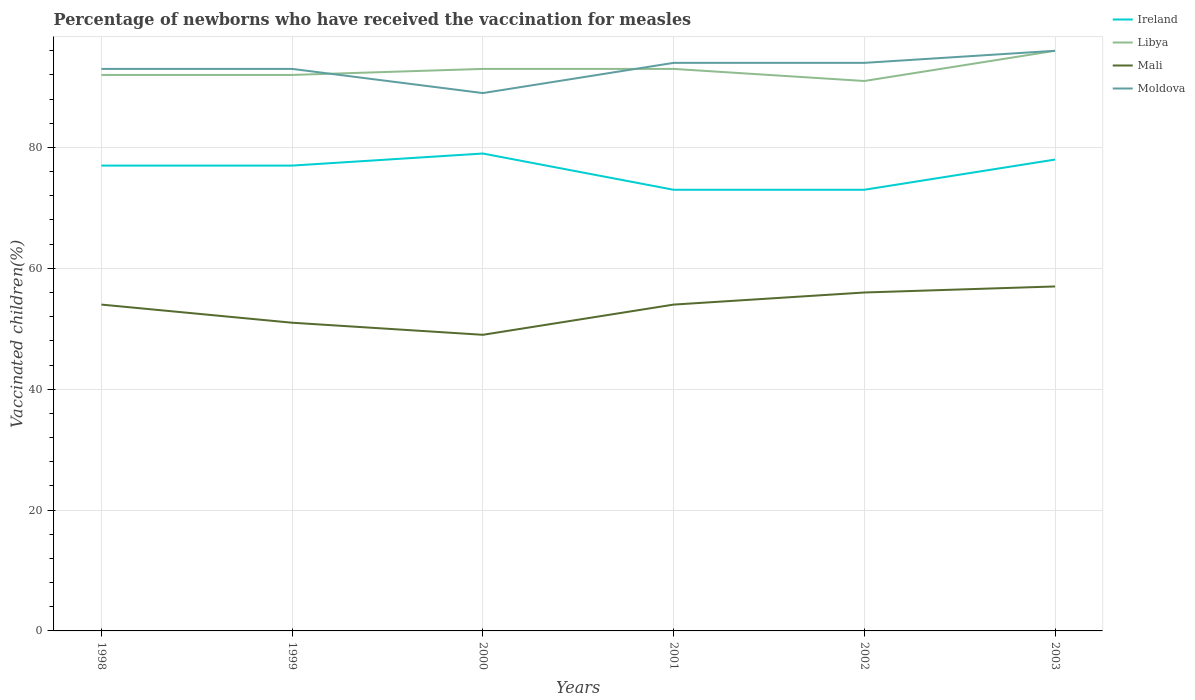
| Years | Ireland | Libya | Mali | Moldova |
 | --- | --- | --- | --- | --- |
 | 1998 | 77 | 92 | 54 | 93 |
 | 1999 | 77 | 92 | 51 | 93 |
 | 2000 | 79 | 93 | 49 | 89 |
 | 2001 | 73 | 93 | 54 | 94 |
 | 2002 | 73 | 91 | 56 | 94 |
 | 2003 | 78 | 96 | 57 | 96 |